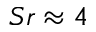
S r \approx 4